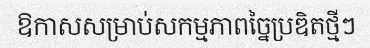
ឱកាសសម្រាប់សកម្មភាពច្នៃប្រឌិតថ្មីៗ